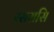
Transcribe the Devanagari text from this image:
रसरासि